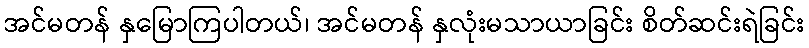
အင်မတန် နှမြောကြပါတယ်၊ အင်မတန် နှလုံးမသာယာခြင်း စိတ်ဆင်းရဲခြင်း